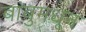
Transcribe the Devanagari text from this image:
बांबुमधून